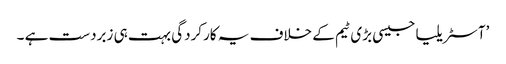
’آسٹریلیا جیسی بڑی ٹیم کے خلاف یہ کارکردگی بہت ہی زبردست ہے ۔